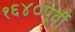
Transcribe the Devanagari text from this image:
१६४०पूर्वी